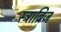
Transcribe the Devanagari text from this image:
स्ट्राब्रिज